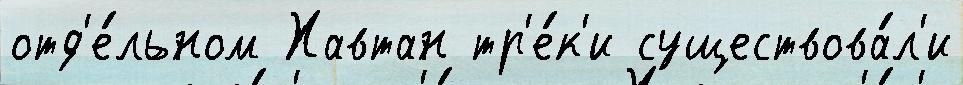
отд'е́льном Хавтан тр'е́к'и существова́л'и